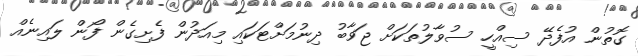
ގޮތުން އުފެދޭ ސިއްހީ ސުވާލުތަކަށް ޖަވާބު ދިނުމަށްޓަކައި މިއަދުން ފެށިގެން ފޯން ލައިނެއް